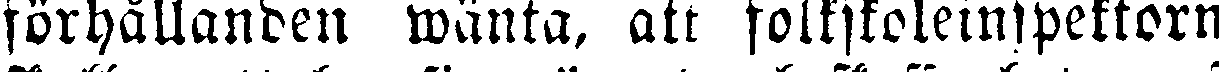
förhållanden wänta, att folkskoleinspektorn